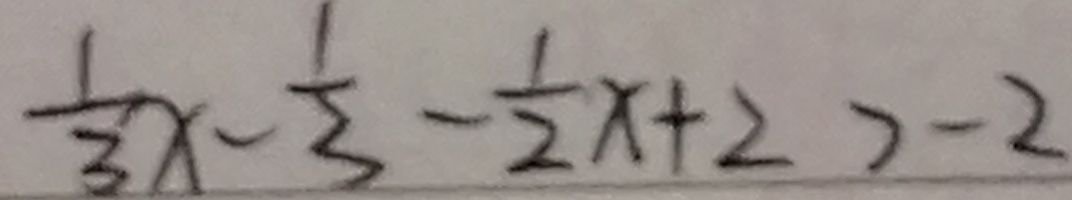
\frac { 1 } { 3 } x - \frac { 1 } { 3 } - \frac { 1 } { 2 } x + 2 > - 2